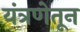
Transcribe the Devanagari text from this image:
यंत्रणेतून